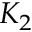
K _ { 2 }